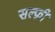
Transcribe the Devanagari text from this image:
सल्फ़ी